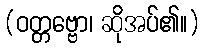
(ဝတ္တဗ္ဗော၊ ဆိုအပ်၏။)